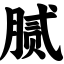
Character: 腻